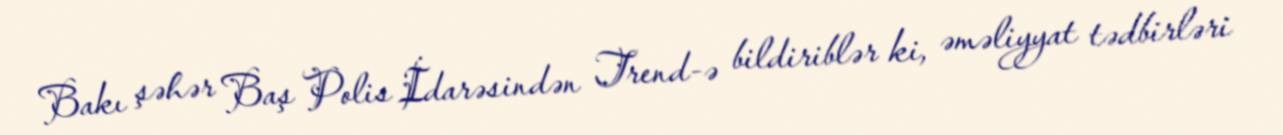
Bakı şəhər Baş Polis İdarəsindən Trend-ə bildiriblər ki, əməliyyat tədbirləri